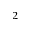
^ 2